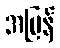
အမြန်